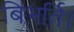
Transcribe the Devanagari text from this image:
बिभर्ति।